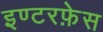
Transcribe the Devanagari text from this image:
इण्टरफ़ेस